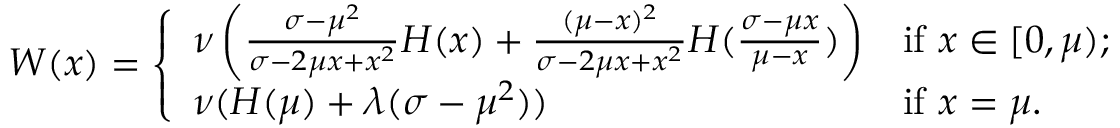
\begin{array} { r } { W ( x ) = \left\{ \begin{array} { l l } { \nu \left( \frac { \sigma - \mu ^ { 2 } } { \sigma - 2 \mu x + x ^ { 2 } } H ( x ) + \frac { ( \mu - x ) ^ { 2 } } { \sigma - 2 \mu x + x ^ { 2 } } H ( \frac { \sigma - \mu x } { \mu - x } ) \right) } & { \mathrm { i f ~ } x \in [ 0 , \mu ) ; } \\ { \nu ( H ( \mu ) + \lambda ( \sigma - \mu ^ { 2 } ) ) } & { \mathrm { i f ~ } x = \mu . } \end{array} \right. } \end{array}